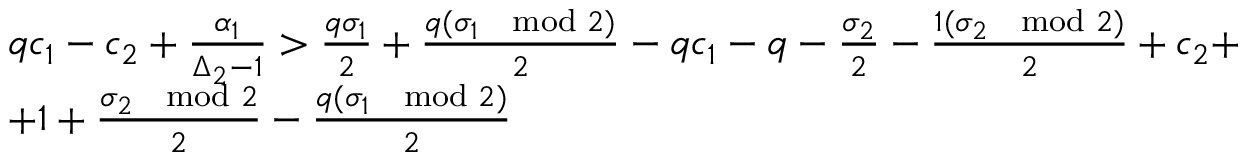
\begin{array} { r l } & { q c _ { 1 } - c _ { 2 } + \frac { \alpha _ { 1 } } { \Delta _ { 2 } - 1 } > \frac { q \sigma _ { 1 } } { 2 } + \frac { q ( \sigma _ { 1 } \mod 2 ) } { 2 } - q c _ { 1 } - q - \frac { \sigma _ { 2 } } { 2 } - \frac { 1 ( \sigma _ { 2 } \mod 2 ) } { 2 } + c _ { 2 } + } \\ & { + 1 + \frac { \sigma _ { 2 } \mod 2 } { 2 } - \frac { q ( \sigma _ { 1 } \mod 2 ) } { 2 } } \end{array}